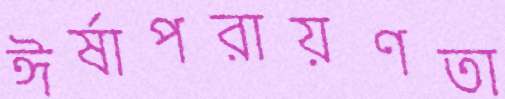
ঈর্ষাপরায়ণতা